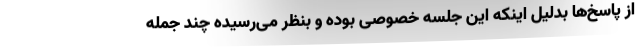
از پاسخ‌ها بدلیل اینکه این جلسه خصوصی بوده و بنظر می‌رسیده چند جمله